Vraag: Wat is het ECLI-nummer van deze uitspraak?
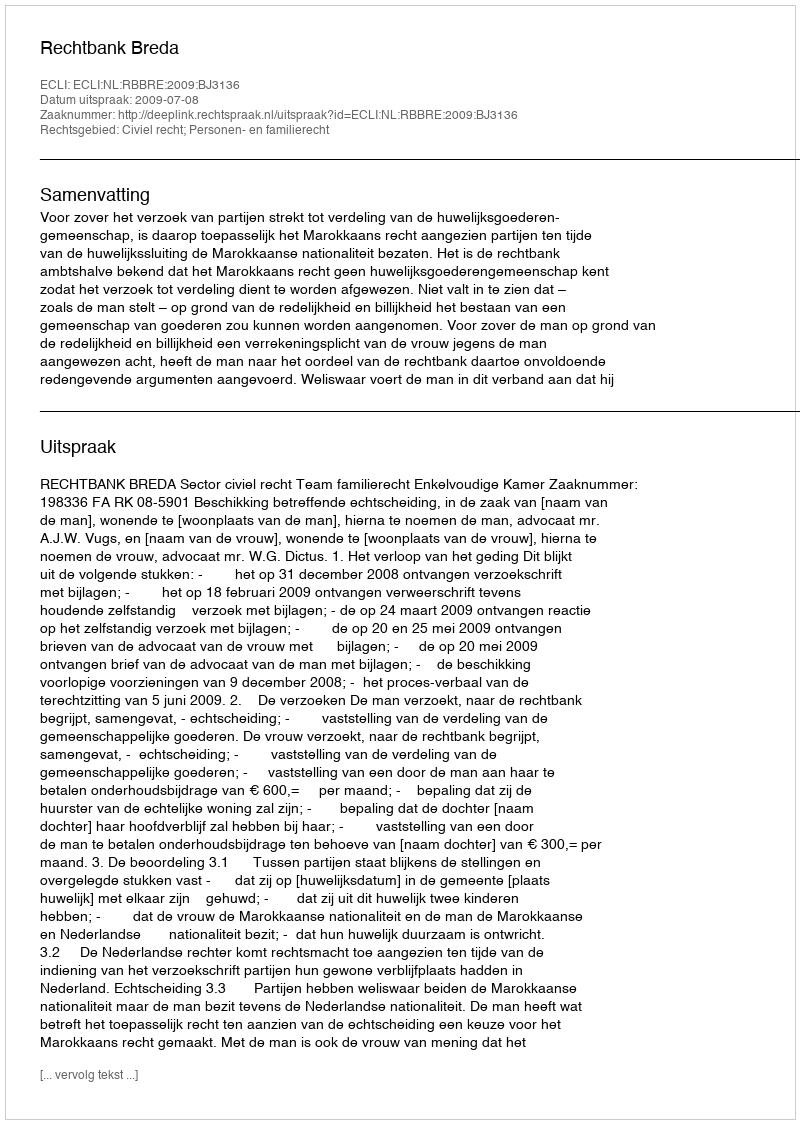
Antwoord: ECLI:NL:RBBRE:2009:BJ3136